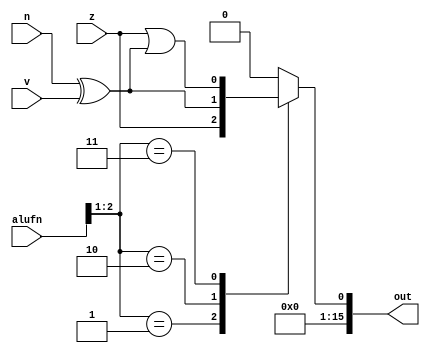
/*
   This file was generated automatically by Alchitry Labs version 1.1.6.
   Do not edit this file directly. Instead edit the original Lucid source.
   This is a temporary file and any changes made to it will be destroyed.
*/

module compare16_6 (
    input z,
    input v,
    input n,
    input [5:0] alufn,
    output reg [15:0] out
  );
  
  
  
  always @* begin
    out[0+15-:16] = 1'h0;
    
    case (alufn[1+1-:2])
      2'h1: begin
        out[0+0-:1] = z;
      end
      2'h2: begin
        out[0+0-:1] = n ^ v;
      end
      2'h3: begin
        out[0+0-:1] = z | (n ^ v);
      end
    endcase
  end
endmodule